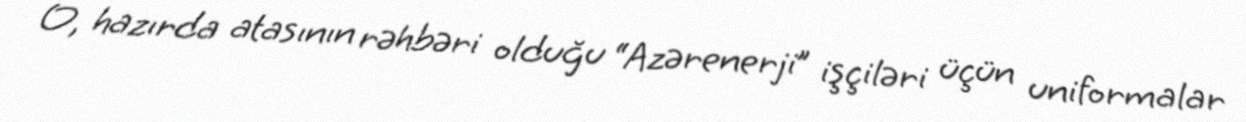
O, hazırda atasının rəhbəri olduğu “Azərenerji” işçiləri üçün uniformalar